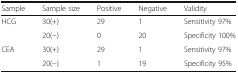
| Sample | Sample size | Positive | Negative | Validity |
 | --- | --- | --- | --- | --- |
 | <ROWSPAN=2> HCG | 30(+) | 29 | 1 | Sensitivity 97% |
 | 20(−) | 0 | 20 | Specificity 100% |
 | <ROWSPAN=2> CEA | 30(+) | 29 | 1 | Sensitivity 97% |
 | 20(−) | 1 | 19 | Specificity 95% |